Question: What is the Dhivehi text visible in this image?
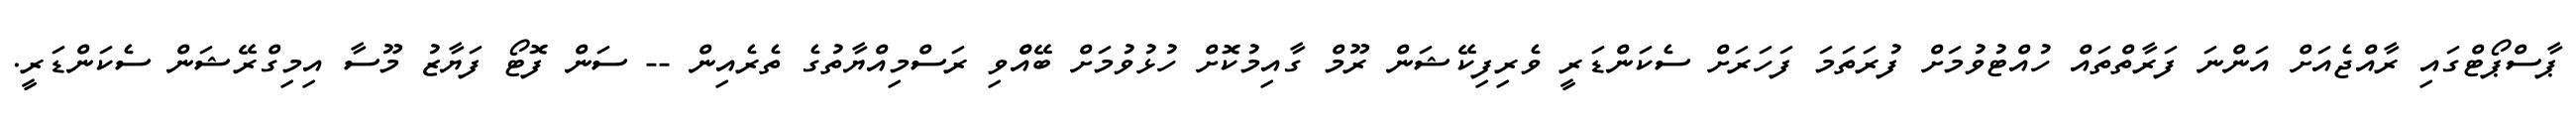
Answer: ޕާސްޕޯޓްގައި ރާއްޖެއަށް އަންނަ ފަރާތްތައް ހުއްޓުވުމަށް ފުރަތަމަ ފަހަރަށް ސެކަންޑަރީ ވެރިފިކޭޝަން ރޫމް ގާއިމުކޮށް ހުޅުވުމަށް ބޭއްްވި ރަސްމިއްޔާތުގެ ތެރެއިން -- ސަން ފޮޓޯ ފަޔާޒު މޫސާ އިމިގްރޭޝަން ސެކަންޑަރީ.